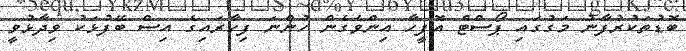
ބޮޑުތަކުރުފާނު މަގުގައި ޕޯސްޓް އޮފީހާ އިންވެގެން ހުންނަ ފިހާރައިގެ އިސް ބޭފުޅަކު ވިދާޅުވީ